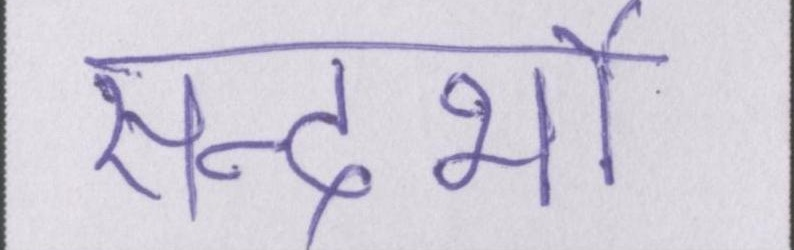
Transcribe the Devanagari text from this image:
सन्दर्भो